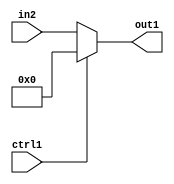
`timescale 1ps / 1ps
/*****************************************************************************
    Verilog RTL Description
    
    
    Created by: Stratus DpOpt 2019.1.01 
*******************************************************************************/

module st_feature_addr_gen_N_Mux_16_2_24_1 (
	in2,
	ctrl1,
	out1
	); /* architecture "behavioural" */ 
input [15:0] in2;
input  ctrl1;
output [15:0] out1;
wire [15:0] asc001;

reg [15:0] asc001_tmp_0;
assign asc001 = asc001_tmp_0;
always @ (ctrl1 or in2) begin
	case (ctrl1)
		1'B1 : asc001_tmp_0 = 16'B0000000000000000 ;
		default : asc001_tmp_0 = in2 ;
	endcase
end

assign out1 = asc001;
endmodule

/* CADENCE  uLn3SQA= : u9/ySgnWtBlWxVPRXgAZ4Og= ** DO NOT EDIT THIS LINE ******/